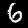
Digit: 6